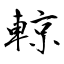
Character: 輬